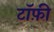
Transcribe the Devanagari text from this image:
टॉफ़ी